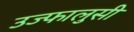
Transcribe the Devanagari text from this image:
उज्फालुसी